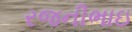
રજનીભાઇ